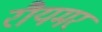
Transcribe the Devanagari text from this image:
रौयमर